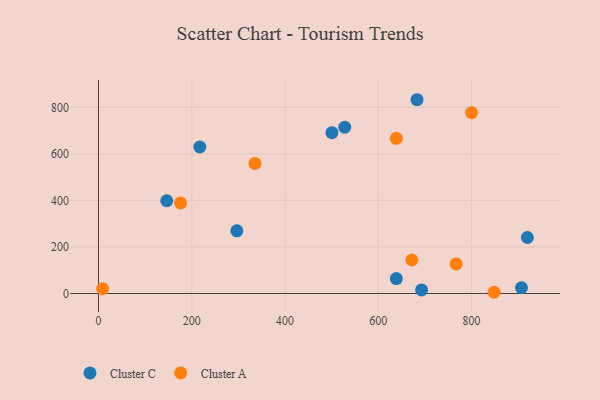
{"axis": {"x": "Investment", "y": "Demand"}, "legend": ["Cluster A", "Cluster C"], "data": [{"x": "692.8", "y": 15.6, "type": "Cluster C"}, {"x": "146.4", "y": 398.5, "type": "Cluster C"}, {"x": "500.5", "y": 691.0, "type": "Cluster C"}, {"x": "683.0", "y": 832.6, "type": "Cluster C"}, {"x": "919.6", "y": 240.6, "type": "Cluster C"}, {"x": "638.7", "y": 64.0, "type": "Cluster C"}, {"x": "528.0", "y": 714.4, "type": "Cluster C"}, {"x": "296.7", "y": 269.3, "type": "Cluster C"}, {"x": "217.3", "y": 629.4, "type": "Cluster C"}, {"x": "906.9", "y": 24.7, "type": "Cluster C"}, {"x": "335.5", "y": 558.7, "type": "Cluster A"}, {"x": "638.6", "y": 666.9, "type": "Cluster A"}, {"x": "8.9", "y": 20.7, "type": "Cluster A"}, {"x": "799.9", "y": 777.1, "type": "Cluster A"}, {"x": "766.8", "y": 127.2, "type": "Cluster A"}, {"x": "671.9", "y": 144.5, "type": "Cluster A"}, {"x": "848.2", "y": 5.3, "type": "Cluster A"}, {"x": "176.0", "y": 389.2, "type": "Cluster A"}]}